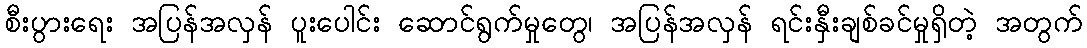
စီးပွားရေး အပြန်အလှန် ပူးပေါင်း ဆောင်ရွက်မှုတွေ၊ အပြန်အလှန် ရင်းနှီးချစ်ခင်မှုရှိတဲ့ အတွက်